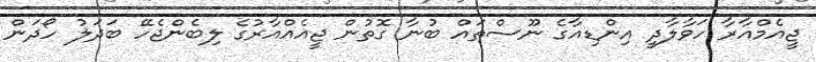
ޖީއެމްއާރާ ހަވާލާދީ އިންޑިއާގެ ނޫސްތައް ބުނާ ގޮތުން ޖީއެއްއާރުގެ ލިބެންޖެހޭ ބަދަލު ހޯދަން